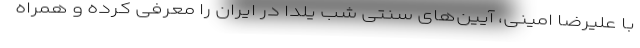
با علیرضا امینی، آیین‌های سنتی شب یلدا در ایران را معرفی کرده و همراه